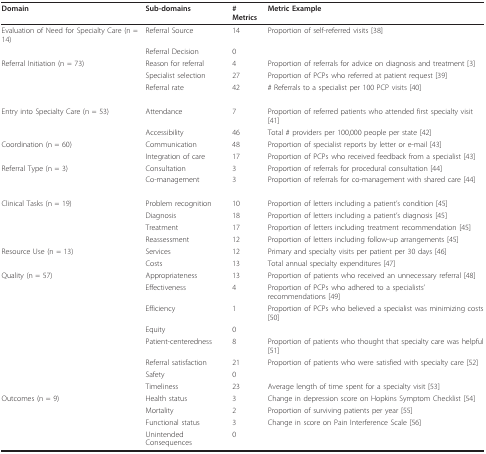
<table><thead><tr><td><b>Domain</b></td><td><b>Sub-domains</b></td><td><b># Metrics</b></td><td><b>Metric Example</b></td></tr></thead><tbody><tr><td>Evaluation of Need for Specialty Care (n = 14)</td><td>Referral Source</td><td>14</td><td>Proportion of self-referred visits [38]</td></tr><tr><td></td><td>Referral Decision</td><td>0</td><td></td></tr><tr><td>Referral Initiation (n = 73)</td><td>Reason for referral</td><td>4</td><td>Proportion of referrals for advice on diagnosis and treatment [3]</td></tr><tr><td></td><td>Specialist selection</td><td>27</td><td>Proportion of PCPs who referred at patient request [39]</td></tr><tr><td></td><td>Referral rate</td><td>42</td><td># Referrals to a specialist per 100 PCP visits [40]</td></tr><tr><td>Entry into Specialty Care (n = 53)</td><td>Attendance</td><td>7</td><td>Proportion of referred patients who attended first specialty visit [41]</td></tr><tr><td></td><td>Accessibility</td><td>46</td><td>Total # providers per 100,000 people per state [42]</td></tr><tr><td>Coordination (n = 60)</td><td>Communication</td><td>48</td><td>Proportion of specialist reports by letter or e-mail [43]</td></tr><tr><td></td><td>Integration of care</td><td>17</td><td>Proportion of PCPs who received feedback from a specialist [43]</td></tr><tr><td>Referral Type (n = 3)</td><td>Consultation</td><td>3</td><td>Proportion of referrals for procedural consultation [44]</td></tr><tr><td></td><td>Co-management</td><td>3</td><td>Proportion of referrals for co-management with shared care [44]</td></tr><tr><td>Clinical Tasks (n = 19)</td><td>Problem recognition</td><td>10</td><td>Proportion of letters including a patient&#x27;s condition [45]</td></tr><tr><td></td><td>Diagnosis</td><td>18</td><td>Proportion of letters including a patient&#x27;s diagnosis [45]</td></tr><tr><td></td><td>Treatment</td><td>17</td><td>Proportion of letters including treatment recommendation [45]</td></tr><tr><td></td><td>Reassessment</td><td>12</td><td>Proportion of letters including follow-up arrangements [45]</td></tr><tr><td>Resource Use (n = 13)</td><td>Services</td><td>12</td><td>Primary and specialty visits per patient per 30 days [46]</td></tr><tr><td></td><td>Costs</td><td>13</td><td>Total annual specialty expenditures [47]</td></tr><tr><td>Quality (n = 57)</td><td>Appropriateness</td><td>13</td><td>Proportion of patients who received an unnecessary referral [48]</td></tr><tr><td></td><td>Effectiveness</td><td>4</td><td>Proportion of PCPs who adhered to a specialists&#x27; recommendations [49]</td></tr><tr><td></td><td>Efficiency</td><td>1</td><td>Proportion of PCPs who believed a specialist was minimizing costs [50]</td></tr><tr><td></td><td>Equity</td><td>0</td><td></td></tr><tr><td></td><td>Patient-centeredness</td><td>8</td><td>Proportion of patients who thought that specialty care was helpful[51]</td></tr><tr><td></td><td>Referral satisfaction</td><td>21</td><td>Proportion of patients who were satisfied with specialty care [52]</td></tr><tr><td></td><td>Safety</td><td>0</td><td></td></tr><tr><td></td><td>Timeliness</td><td>23</td><td>Average length of time spent for a specialty visit [53]</td></tr><tr><td>Outcomes (n = 9)</td><td>Health status</td><td>3</td><td>Change in depression score on Hopkins Symptom Checklist [54]</td></tr><tr><td></td><td>Mortality</td><td>2</td><td>Proportion of surviving patients per year [55]</td></tr><tr><td></td><td>Functional status</td><td>3</td><td>Change in score on Pain Interference Scale [56]</td></tr><tr><td></td><td>Unintended Consequences</td><td>0</td><td></td></tr></tbody></table>